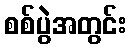
စစ်ပွဲအတွင်း